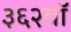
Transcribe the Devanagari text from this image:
३६२वॉ